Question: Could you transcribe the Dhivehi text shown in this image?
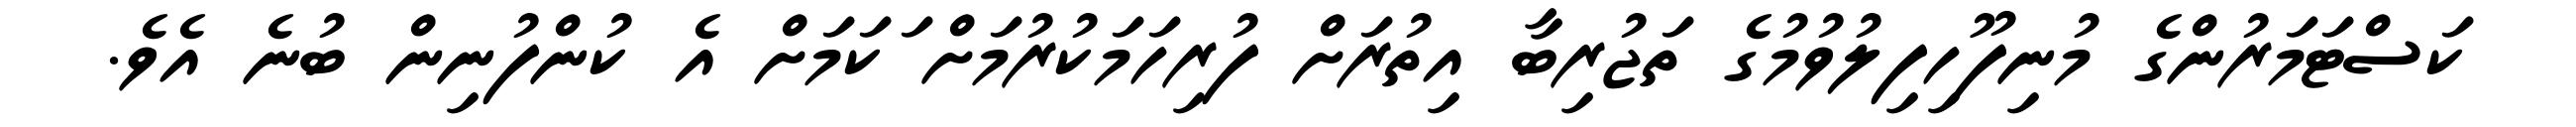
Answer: ކަސްޓަމަރުންގެ މުނިފޫހިފިލުވުމުގެ ތަޖުރިބާ އިތުރަށް ފުރިހަމަކުރުމަށް ަކަމަށް އެ ކުންފުނިން ބުނެ އެވެ.